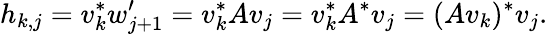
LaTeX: h_{k,j}=v_{k}^{*}w_{j+1}^{\prime}=v_{k}^{*}Av_{j}=v_{k}^{*}A^{*}v_{j}=(Av_{k})^{*}v_{j}.